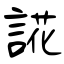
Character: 誮